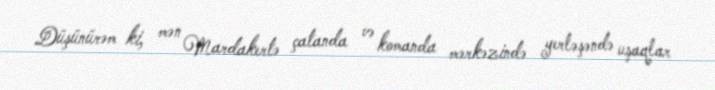
Düşünürəm ki, mən Mardakertə çatanda və komanda mərkəzində yerləşəndə uşaqlar